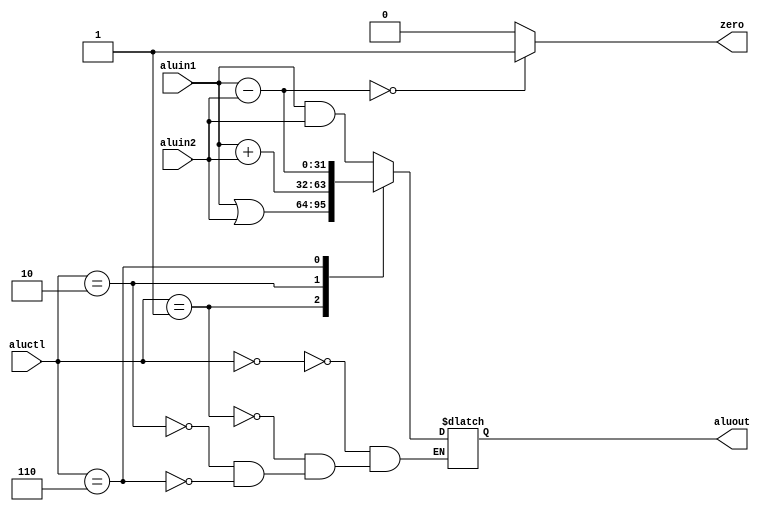
//author Saeed Aghajani

module ALU(aluin1, aluin2, aluctl, aluout, zero);
    input [2:0] aluctl;
    input [31:0] aluin1, aluin2;
    output [31:0] aluout;
    output zero;
    reg [31:0] aluout;
    reg zero;
    
    always @ (aluin1 or aluin2 or aluctl)
    begin
        case(aluctl)
            3'b000 : aluout = aluin1 & aluin2;//and
            3'b001 : aluout = aluin1 | aluin2;//or
            3'b010 : aluout = aluin1 + aluin2;//add
            3'b110 : aluout = aluin1 - aluin2;//sub
        endcase
        
        zero = ((aluin1 - aluin2) == 0) ? 1 : 0;
    end
endmodule